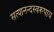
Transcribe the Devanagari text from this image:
सत्यानन्दस्वरूपाय